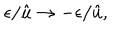
\epsilon / \hat { u } \rightarrow - \epsilon / \hat { u } ,